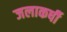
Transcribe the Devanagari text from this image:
जलाकर्षी